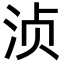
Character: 浈